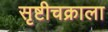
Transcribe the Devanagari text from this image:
सृष्टीचक्राला